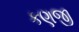
કણજી